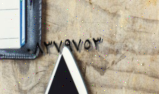
٠٨٣٧٩٧٥٣